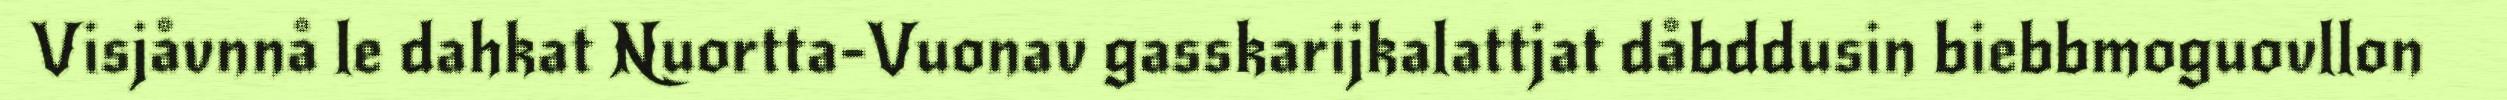
Visjåvnnå le dahkat Nuortta-Vuonav gasskarijkalattjat dåbddusin biebbmoguovllon